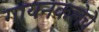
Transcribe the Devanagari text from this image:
गायनकलेचे